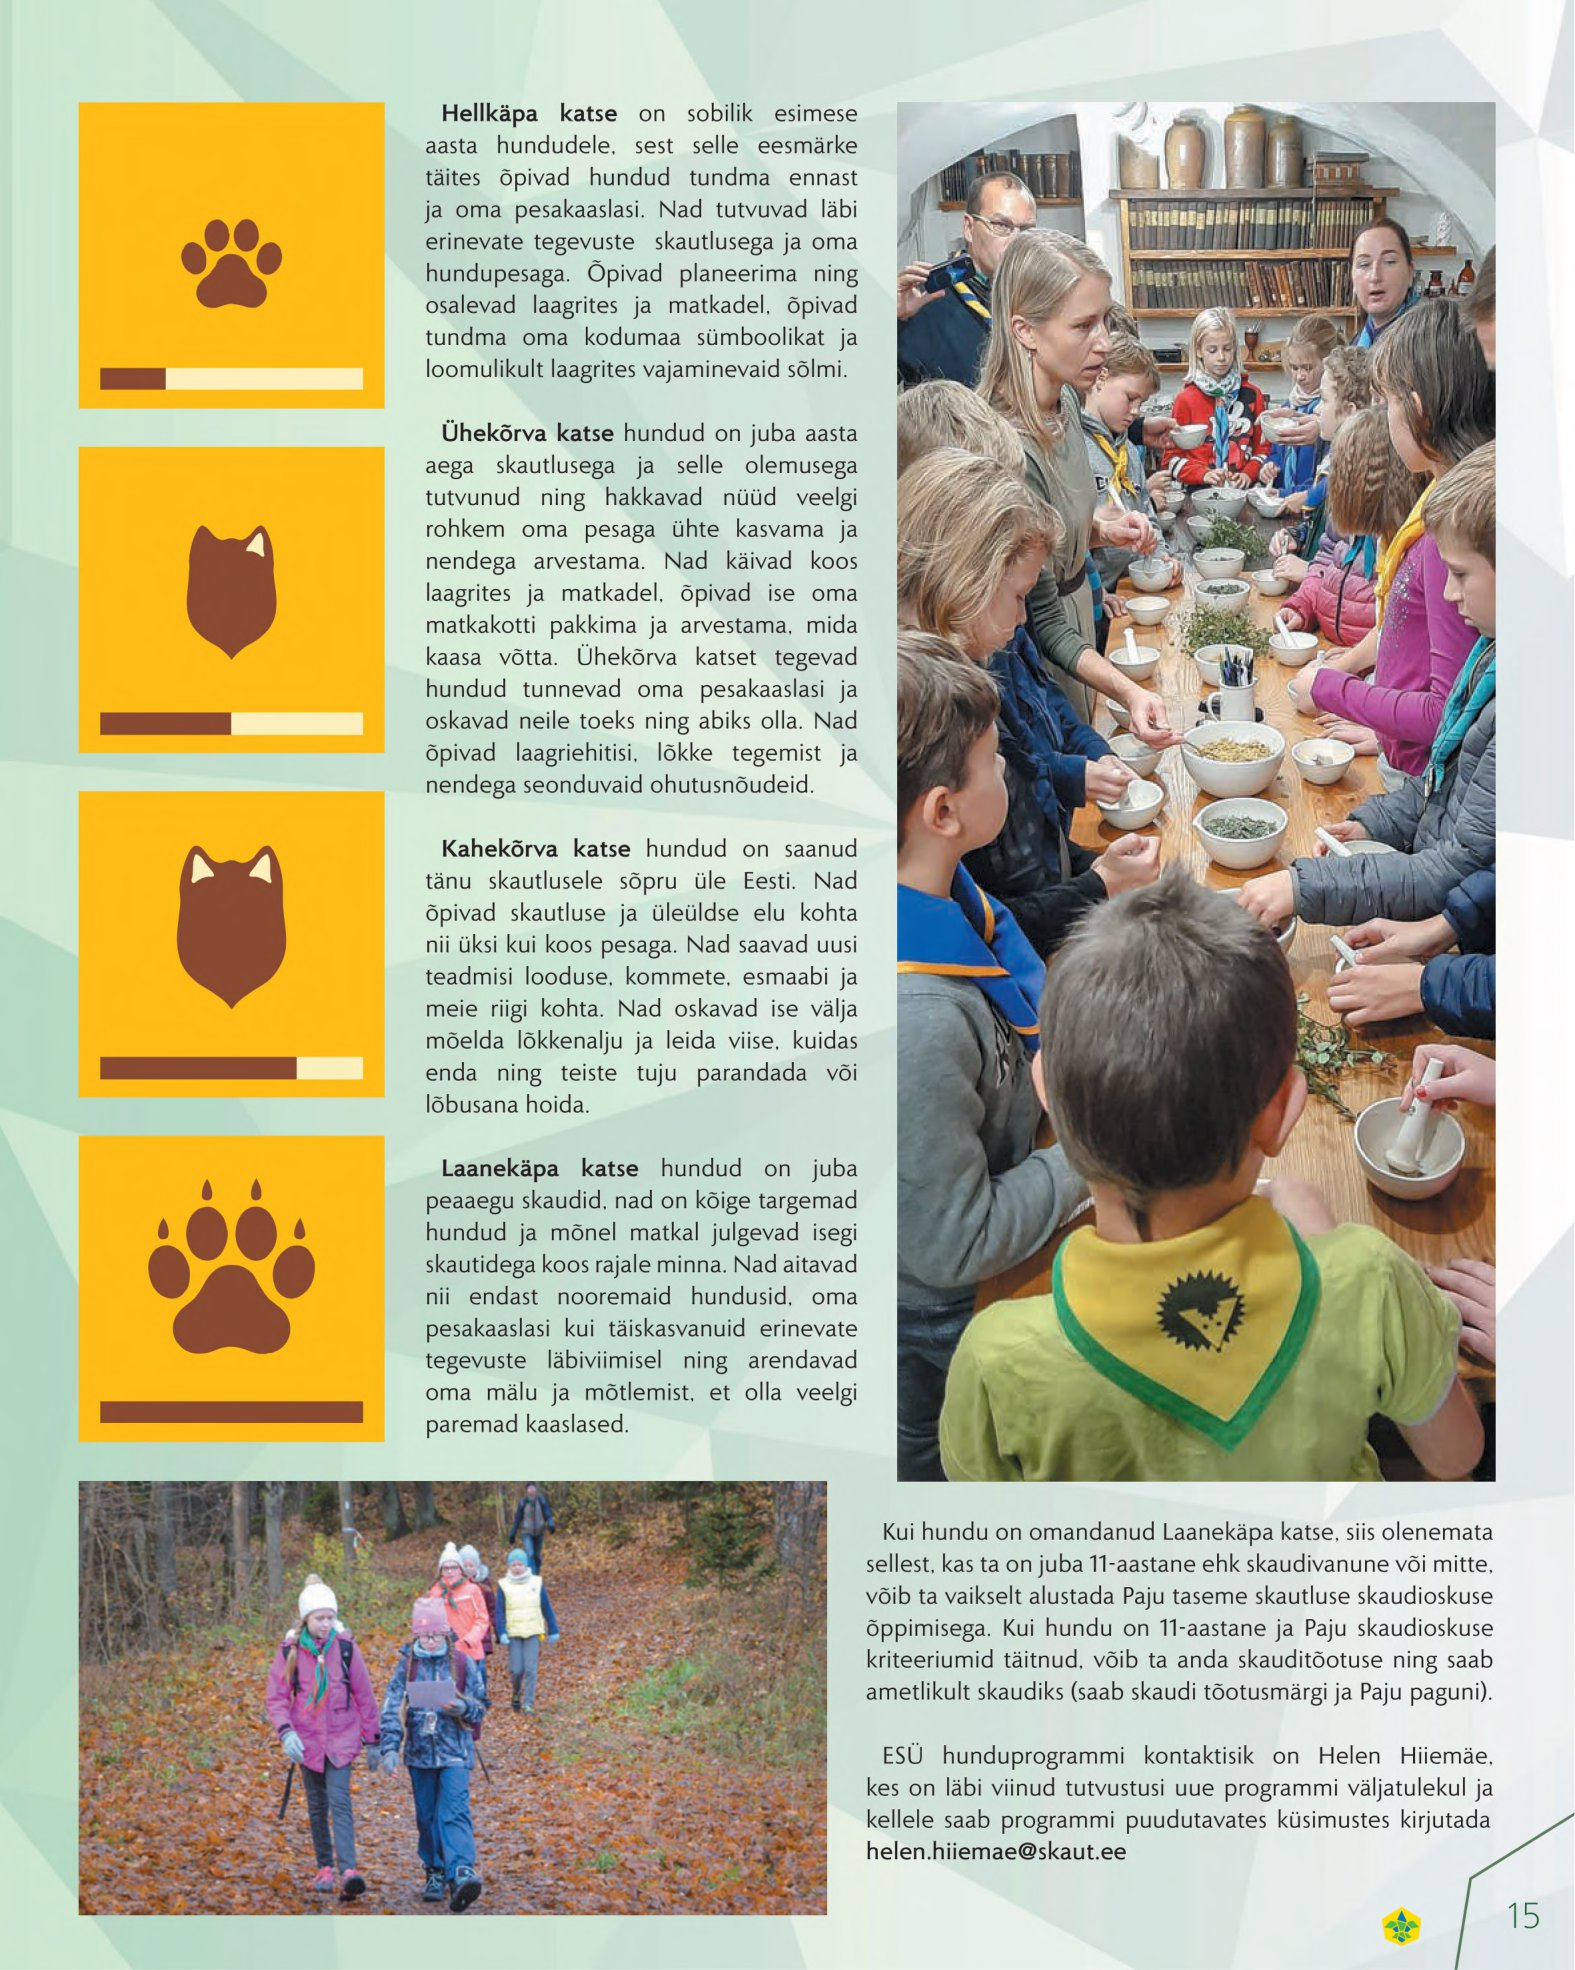
Language: et